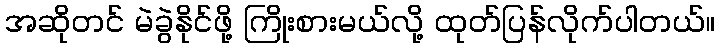
အဆိုတင် မဲခွဲနိုင်ဖို့ ကြိုးစားမယ်လို့ ထုတ်ပြန်လိုက်ပါတယ်။